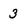
Character: 3